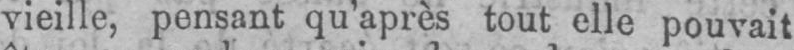
vieille, pensant qu’après tout elle pouvait